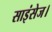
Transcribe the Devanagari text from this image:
साइंसेज।